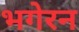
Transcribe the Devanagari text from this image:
भगेरन